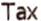
TAX